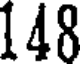
148